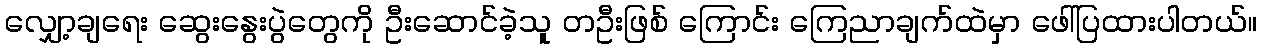
လျှော့ချရေး ဆွေးနွေးပွဲတွေကို ဦးဆောင်ခဲ့သူ တဦးဖြစ် ကြောင်း ကြေညာချက်ထဲမှာ ဖေါ်ပြထားပါတယ်။